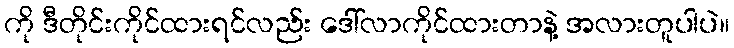
ကို ဒီတိုင်းကိုင်ထားရင်လည်း ဒေါ်လာကိုင်ထားတာနဲ့ အလားတူပါပဲ။